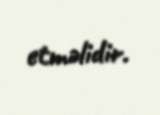
etməlidir.